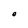
Character: O